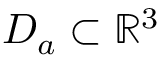
D _ { a } \subset \mathbb { R } ^ { 3 }